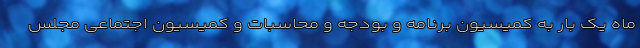
ماه یک بار به کمیسیون برنامه و بودجه و محاسبات و کمیسیون اجتماعی مجلس